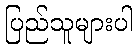
ပြည်သူများပါ